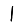
Digit: 1